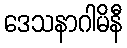
ဒေသနာဂါမိနီ